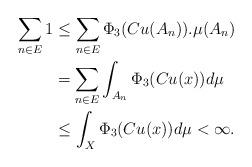
LaTeX: \begin{align*} \sum_{n\in E}1&\leq\sum_{n\in E}\Phi_3(Cu(A_n)).\mu(A_n)\\ &=\sum_{n\in E}\int_{A_n}\Phi_3(Cu(x))d\mu\\&\leq\int_{X}\Phi_3(Cu(x))d\mu<\infty. \end{align*}